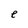
Character: e